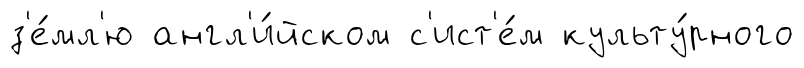
з'е́мл'ю англ'и́йском с'ист'е́м культу́рного